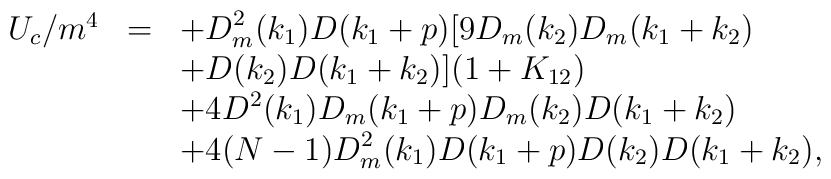
\begin{array}{rcl}U_c/m^4&=&\displaystyle +D_m^2(k_1)D(k_1+p)[9D_m(k_2)D_m(k_1+k_2)\\&&\displaystyle +D(k_2)D(k_1+k_2)](1+K_{12})\\&&\displaystyle +4D^2(k_1)D_m(k_1+p)D_m(k_2)D(k_1+k_2)\\&&\displaystyle +4(N-1)D_m^2(k_1)D(k_1+p)D(k_2)D(k_1+k_2), \end{array}